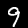
Label: 9